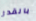
بالقدر